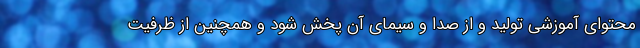
محتوای آموزشی تولید و از صدا و سیمای آن پخش شود و همچنین از ظرفیت